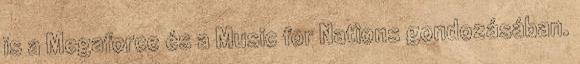
is a Megaforce és a Music for Nations gondozásában.